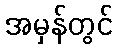
အမှန်တွင်